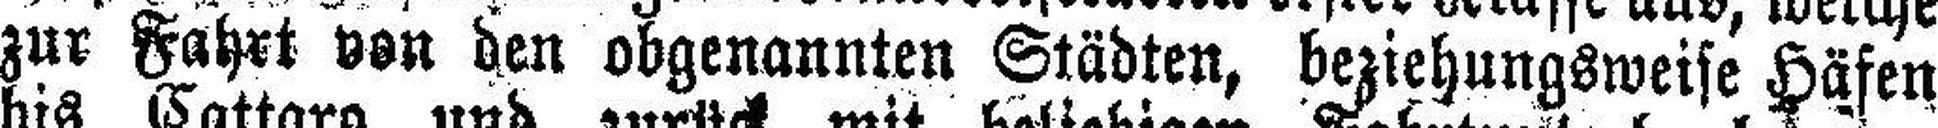
zur Fahrt von den obgenannten Städten, beziehungsweise Häfen